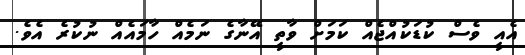
އެއީ ވެސް ކުޑަކުއްޖެއް ކަމަށް ވާތީ އޭނާގެ ނަމެއް ހާމައެއް ނުކުރެ އެވެ.